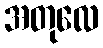
အတုလေ